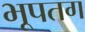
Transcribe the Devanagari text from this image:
भूपतग